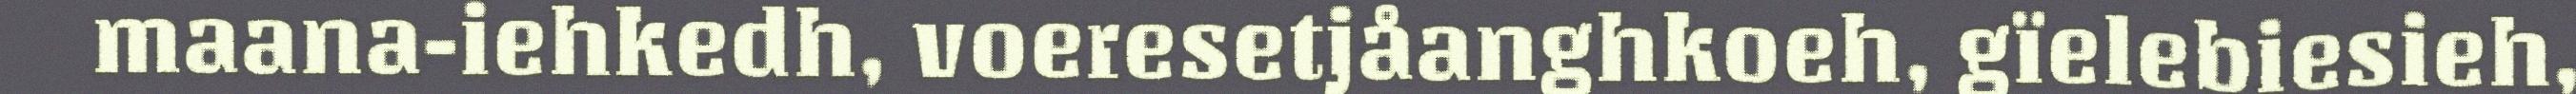
maana-iehkedh, voeresetjåanghkoeh, gïelebiesieh,